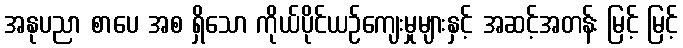
အနုပညာ စာပေ အစ ရှိသော ကိုယ်ပိုင်ယဉ်ကျေးမှုများနှင့် အဆင့်အတန်း မြင့် မြင့်